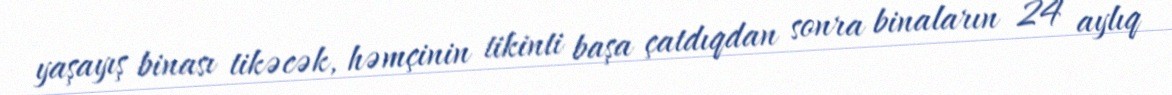
yaşayış binası tikəcək, həmçinin tikinti başa çatdıqdan sonra binaların 24 aylıq